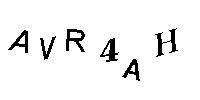
AVR4AH